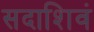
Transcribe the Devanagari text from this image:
सदाशिवं